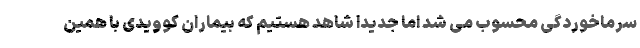
سرماخوردگی محسوب می شد اما جدیدا شاهد هستیم که بیماران کوویدی با همین